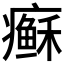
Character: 𱱩